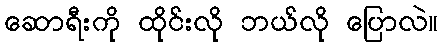
ဆောရီးကို ထိုင်းလို ဘယ်လို ပြောလဲ။